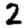
Digit: 2